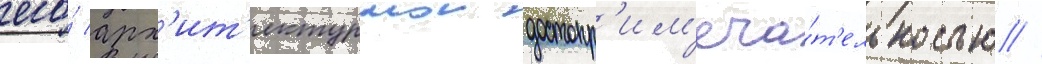
его́ арх'ит'ектурнои достопр'им'еча́т'ельностью //